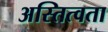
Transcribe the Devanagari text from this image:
अस्तित्वता